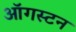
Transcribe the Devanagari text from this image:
ऑगस्टन